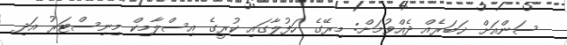
ސަންއަށް ޚަބަރެއް ދެއްވުމަށް: މިރޭގެ ހަފުލާގައި ކުރީގެ އިސްލާމިކް މިނިސްޓަރު އަދި